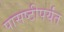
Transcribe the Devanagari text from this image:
पासष्टीपर्यंत